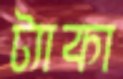
ট্যাকা